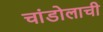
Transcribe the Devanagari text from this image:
चांडोलाची